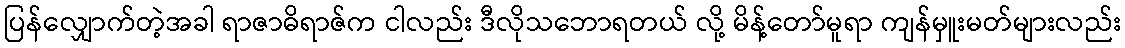
ပြန်လျှောက်တဲ့အခါ ရာဇာဓိရာဇ်က ငါလည်း ဒီလိုသဘောရတယ် လို့ မိန့်တော်မူရာ ကျန်မှူးမတ်များလည်း